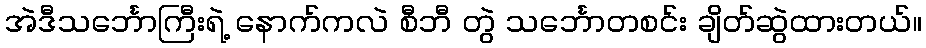
အဲဒီသင်္ဘောကြီးရဲ့ နောက်ကလဲ စီဘီ တွဲ သင်္ဘောတစင်း ချိတ်ဆွဲထားတယ်။